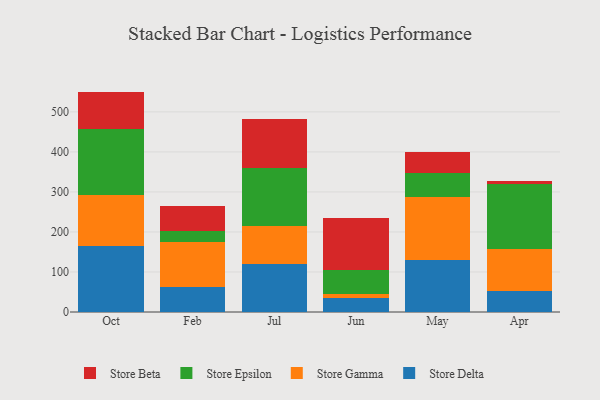
{"axis": {"x": "Month", "y": "Budget (USD K)"}, "legend": ["Store Beta", "Store Delta", "Store Epsilon", "Store Gamma"], "data": [{"x": "Oct", "y": 164.2, "type": "Store Delta"}, {"x": "Oct", "y": 128.7, "type": "Store Gamma"}, {"x": "Oct", "y": 165.6, "type": "Store Epsilon"}, {"x": "Oct", "y": 92.2, "type": "Store Beta"}, {"x": "Feb", "y": 62.7, "type": "Store Delta"}, {"x": "Feb", "y": 111.2, "type": "Store Gamma"}, {"x": "Feb", "y": 27.7, "type": "Store Epsilon"}, {"x": "Feb", "y": 63.6, "type": "Store Beta"}, {"x": "Jul", "y": 118.8, "type": "Store Delta"}, {"x": "Jul", "y": 95.7, "type": "Store Gamma"}, {"x": "Jul", "y": 145.6, "type": "Store Epsilon"}, {"x": "Jul", "y": 122.2, "type": "Store Beta"}, {"x": "Jun", "y": 35.8, "type": "Store Delta"}, {"x": "Jun", "y": 8.4, "type": "Store Gamma"}, {"x": "Jun", "y": 62.0, "type": "Store Epsilon"}, {"x": "Jun", "y": 128.9, "type": "Store Beta"}, {"x": "May", "y": 130.3, "type": "Store Delta"}, {"x": "May", "y": 156.7, "type": "Store Gamma"}, {"x": "May", "y": 60.2, "type": "Store Epsilon"}, {"x": "May", "y": 53.8, "type": "Store Beta"}, {"x": "Apr", "y": 52.9, "type": "Store Delta"}, {"x": "Apr", "y": 105.7, "type": "Store Gamma"}, {"x": "Apr", "y": 160.2, "type": "Store Epsilon"}, {"x": "Apr", "y": 8.9, "type": "Store Beta"}]}